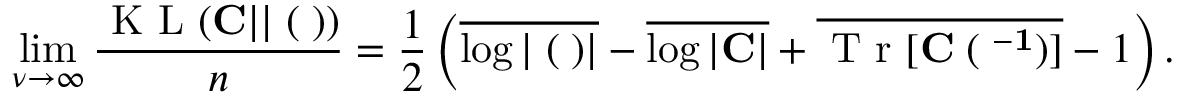
\operatorname* { l i m } _ { \nu \to \infty } \frac { \mathrm { ~ K ~ L ~ } ( { \bf C } | | { \bf \Xi } ( { \bf \Lambda } ) ) } { n } = \frac { 1 } { 2 } \left( \overline { { \log | { \bf \Xi } ( { \bf \Lambda } ) | } } - \overline { { \log | { \bf C } | } } + \overline { { \mathrm { ~ T ~ r ~ } [ \bf { C \Xi } ( { \bf \Lambda } ^ { - 1 } ) ] } } - 1 \right) .